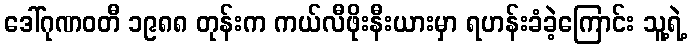
ဒေါ်ဂုဏဝတီ ၁၉၈၈ တုန်းက ကယ်လီဖိုးနီးယားမှာ ရဟန်းခံခဲ့ကြောင်း သူ့ရဲ့